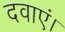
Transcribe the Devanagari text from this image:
दवाएं।